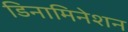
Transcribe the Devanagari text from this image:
डिनामिनेशन